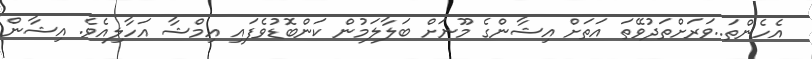
އެހެންތަ..ވަރަށްތަދުވޭތަ އަތަށް އިޝާންގެ މޫނަށް ބަލާލަމުން ކަންބޮޑުވެފައި އިމްޝާ އަހާލިއެވެ. އިޝާން